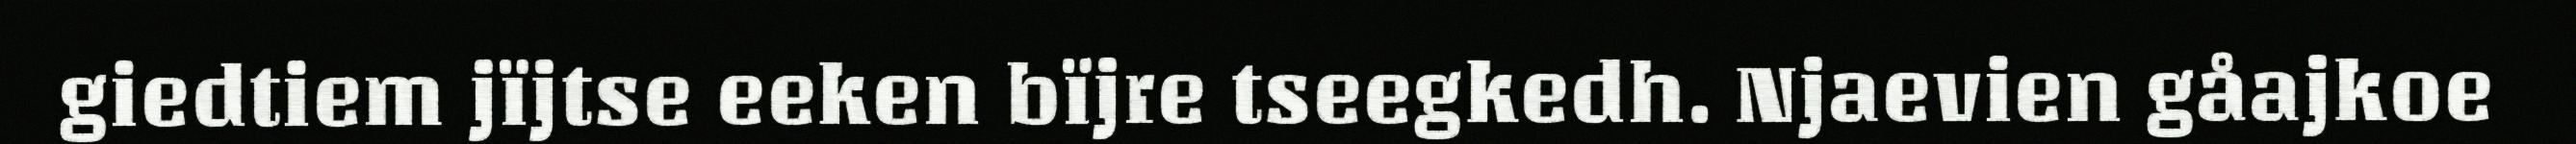
giedtiem jïjtse eeken bïjre tseegkedh. Njaevien gåajkoe